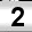
Digit: 2